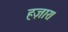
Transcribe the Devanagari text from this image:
हज़ार।